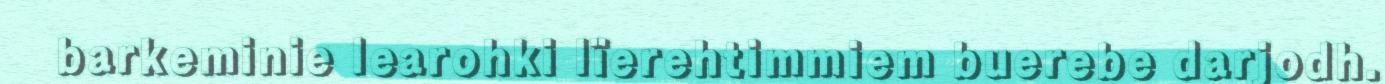
barkeminie learohki lïerehtimmiem buerebe darjodh.